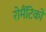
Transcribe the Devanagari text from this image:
रोमैंटिकों